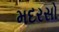
મદરસો